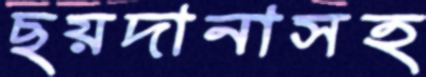
ছয়দানাসহ